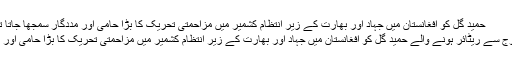
Image caption حمید گل کو افغانستان میں جہاد اور بھارت کے زیرِ انتظام کشمیر میں مزاحمتی تحریک کا بڑا حامی اور مددگار سمجھا جاتا تھا
1992 میں پاکستانی فوج سے ریٹائر ہونے والے حمید گل کو افغانستان میں جہاد اور بھارت کے زیرِ انتظام کشمیر میں مزاحمتی تحریک کا بڑا حامی اور مددگار سمجھا جاتا تھا۔